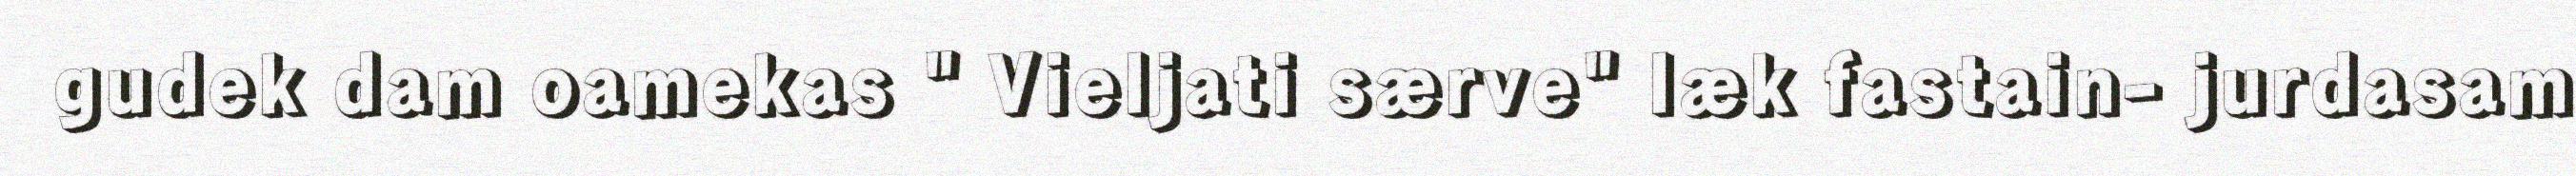
gudek dam oamekas " Vieljati særve" læk fastain- jurdasam